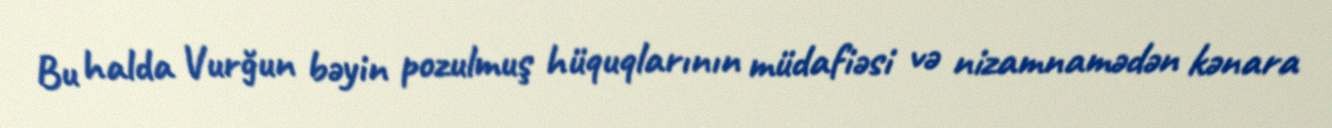
Bu halda Vurğun bəyin pozulmuş hüquqlarının müdafiəsi və nizamnamədən kənara